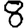
Digit: 8